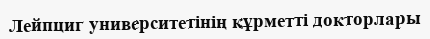
Лейпциг университетінің құрметті докторлары